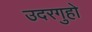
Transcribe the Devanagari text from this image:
उदरगुहो